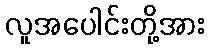
လူအပေါင်းတို့အား